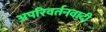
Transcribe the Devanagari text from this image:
अपरिवर्तनवादी